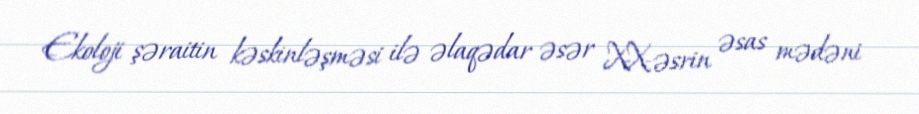
Ekoloji şəraitin kəskinləşməsi ilə əlaqədar əsər XX-əsrin əsas mədəni